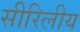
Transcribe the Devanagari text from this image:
सीरिलीय